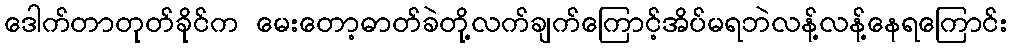
ဒေါက်တာတုတ်ခိုင်က မေးတော့ဓာတ်ခဲတို့လက်ချက်ကြောင့်အိပ်မရဘဲလန့်လန့်နေရကြောင်း